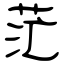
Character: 茫